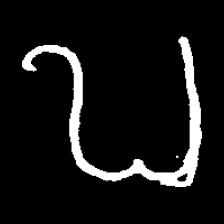
Pyu character \u2014 Myanmar letter: ဎ (romanized: ddha)